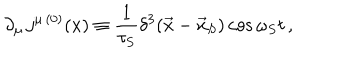
LaTeX: \partial _ { \mu } \, j ^ { \mu \, ( 0 ) } ( x ) \equiv \frac { 1 } { \tau _ { S } } \delta ^ { 3 } ( \vec { x } - \vec { x } _ { S } ) \cos \omega _ { S } t \, ,